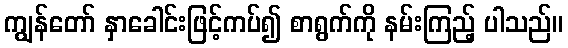
ကျွန်တော် နှာခေါင်းဖြင့်ကပ်၍ စာရွက်ကို နမ်းကြည့် ပါသည်။